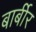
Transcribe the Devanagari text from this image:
बार्बीर